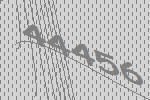
44456